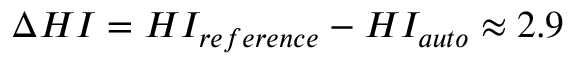
\Delta H I = H I _ { r e f e r e n c e } - H I _ { a u t o } \approx 2 . 9